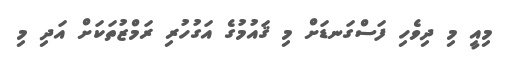
މިއީ މި ދިވެހި ފަސްގަނޑަށް މި ޤައުމުގެ އަގުހުރި ރަމްޒުތަކަށް އަދި މި